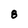
Character: 8